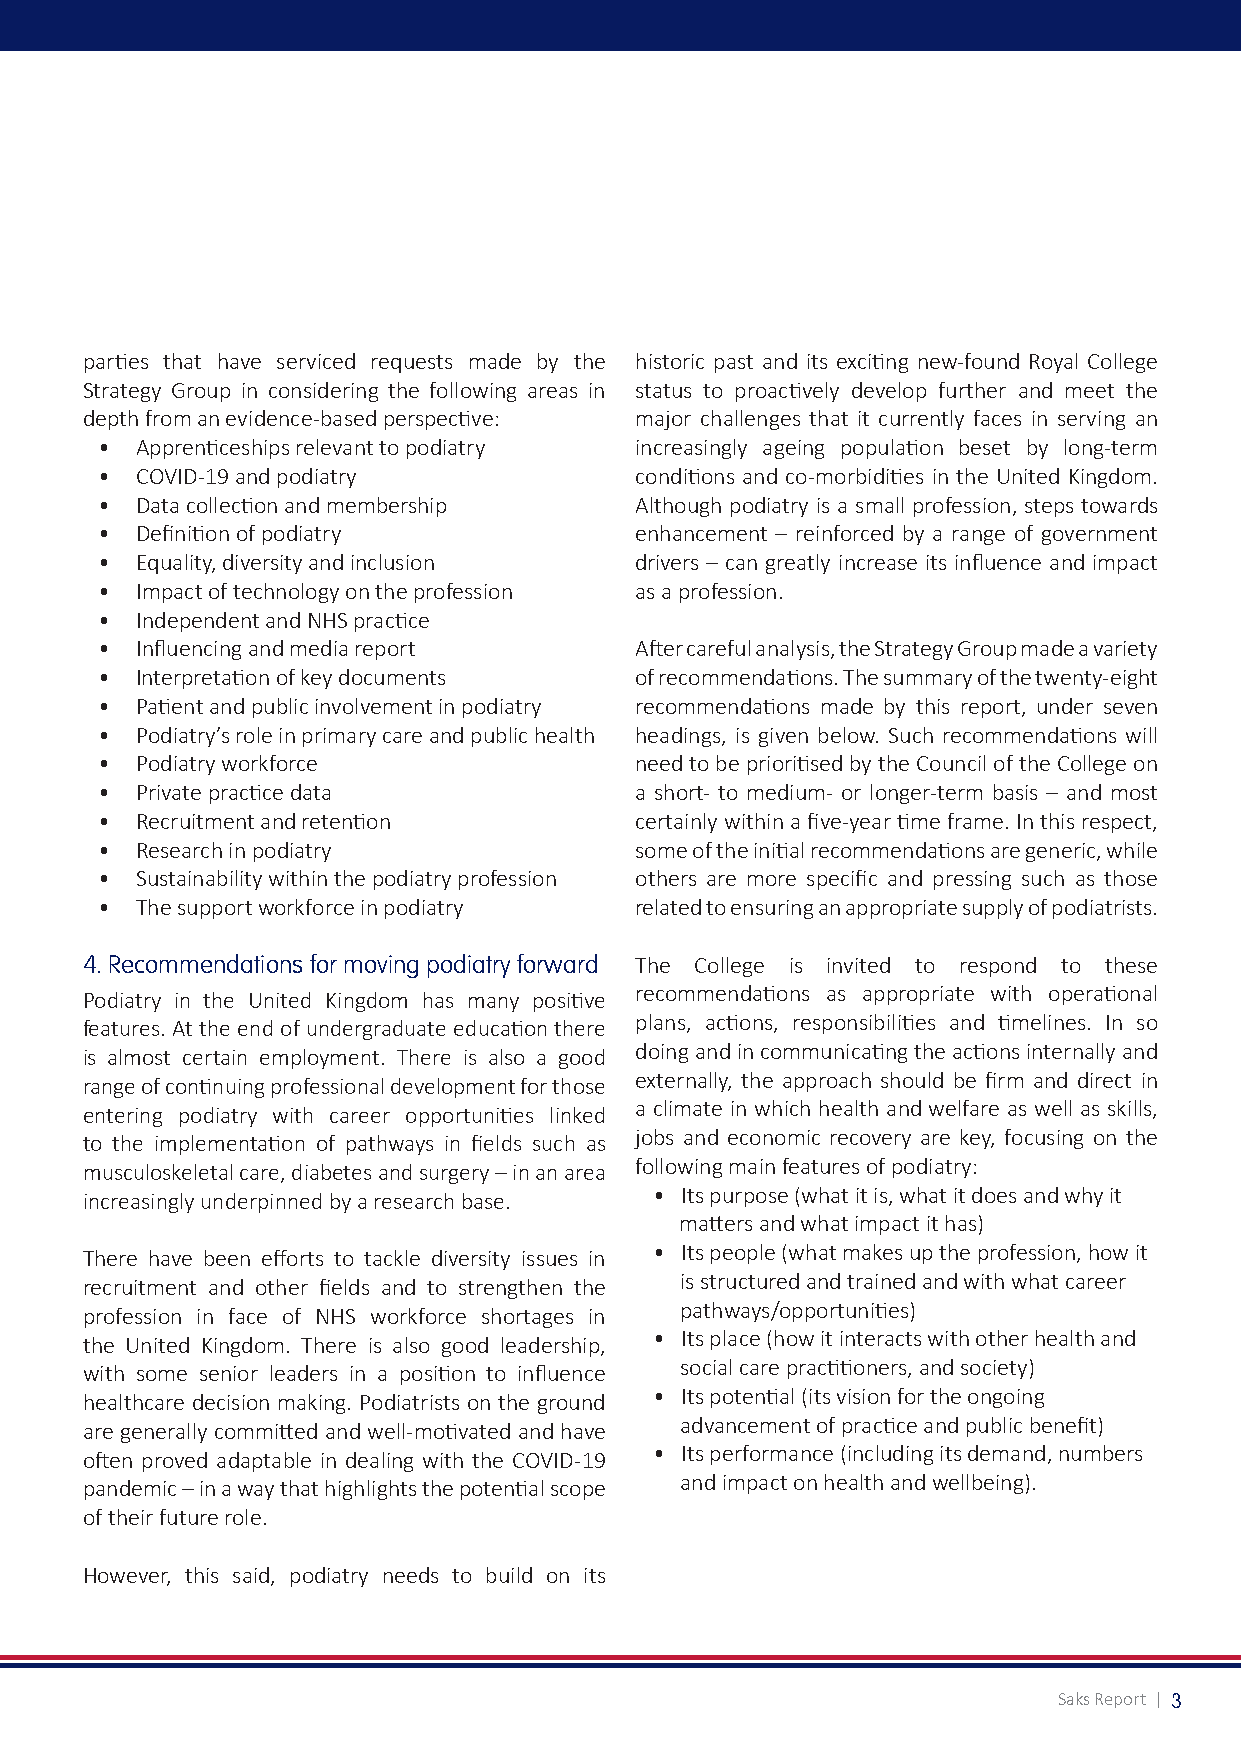
parties that have serviced requests made by the historic past and its exciting new-found Royal College
 Strategy Group in considering the following areas in status to proactively develop further and meet the
 depth from an evidence-based perspective: major challenges that it currently faces in serving an
 • Apprenticeships relevant to podiatry increasingly ageing population beset by long-term
 • COVID-19 and podiatry            conditions and co-morbidities in the United Kingdom.
 • Data collection and membership   Although podiatry is a small profession, steps towards
 • Definition of podiatry           enhancement – reinforced by a range of government
 • Equality, diversity and inclusion drivers – can greatly increase its influence and impact
 • Impact of technology on the profession as a profession.
 • Independent and NHS practice
 • Influencing and media report     After careful analysis, the Strategy Group made a variety
 • Interpretation of key documents  of recommendations. The summary of the twenty-eight
 • Patient and public involvement in podiatry recommendations made by this report, under seven
 • Podiatry’s role in primary care and public health headings, is given below. Such recommendations will
 • Podiatry workforce               need to be prioritised by the Council of the College on
 • Private practice data            a short- to medium- or longer-term basis – and most
 • Recruitment and retention        certainly within a five-year time frame. In this respect,
 • Research in podiatry             some of the initial recommendations are generic, while
 • Sustainability within the podiatry profession others are more specific and pressing such as those
 • The support workforce in podiatry related to ensuring an appropriate supply of podiatrists.
 4. Recommendations for moving podiatry forward The College is invited to respond to these
 recommendations as appropriate with operational
 Podiatry in the United Kingdom has many positive
 plans, actions, responsibilities and timelines. In so
 features. At the end of undergraduate education there
 doing and in communicating the actions internally and
 is almost certain employment. There is also a good
 externally, the approach should be firm and direct in
 range of continuing professional development for those
 a climate in which health and welfare as well as skills,
 entering podiatry with career opportunities linked
 jobs and economic recovery are key, focusing on the
 to the implementation of pathways in fields such as
 following main features of podiatry:
 musculoskeletal care, diabetes and surgery – in an area
 • Its purpose (what it is, what it does and why it
 increasingly underpinned by a research base.
 matters and what impact it has)
 • Its people (what makes up the profession, how it
 There have been efforts to tackle diversity issues in
 is structured and trained and with what career
 recruitment and other fields and to strengthen the
 pathways/opportunities)
 profession in face of NHS workforce shortages in
 • Its place (how it interacts with other health and
 the United Kingdom. There is also good leadership,
 social care practitioners, and society)
 with some senior leaders in a position to influence
 • Its potential (its vision for the ongoing
 healthcare decision making. Podiatrists on the ground
 advancement of practice and public benefit)
 are generally committed and well-motivated and have
 • Its performance (including its demand, numbers
 often proved adaptable in dealing with the COVID-19
 and impact on health and wellbeing).
 pandemic – in a way that highlights the potential scope
 of their future role.
 However, this said, podiatry needs to build on its
 Saks Report | 3